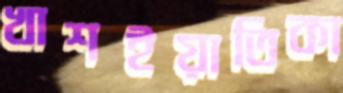
খাশইয়াতিকা